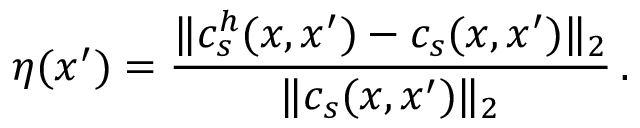
\eta ( x ^ { \prime } ) = \frac { \| c _ { s } ^ { h } ( x , x ^ { \prime } ) - c _ { s } ( x , x ^ { \prime } ) \| _ { 2 } } { \| c _ { s } ( x , x ^ { \prime } ) \| _ { 2 } } \, .